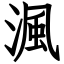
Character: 渢